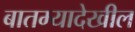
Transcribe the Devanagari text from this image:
बातम्यादेखील